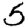
Digit: 5